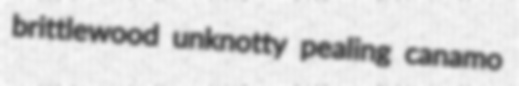
brittlewood unknotty pealing canamo